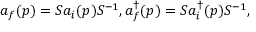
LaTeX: a _ { f } ( p ) = S a _ { i } ( p ) S ^ { - 1 } , a _ { f } ^ { \dagger } ( p ) = S a _ { i } ^ { \dagger } ( p ) S ^ { - 1 } ,